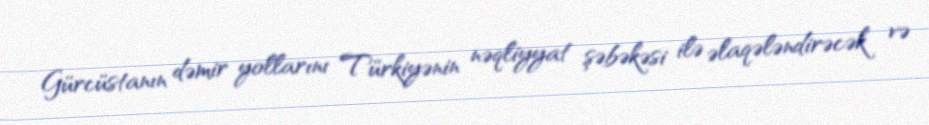
Gürcüstanın dəmir yollarını Türkiyənin nəqliyyat şəbəkəsi ilə əlaqələndirəcək və